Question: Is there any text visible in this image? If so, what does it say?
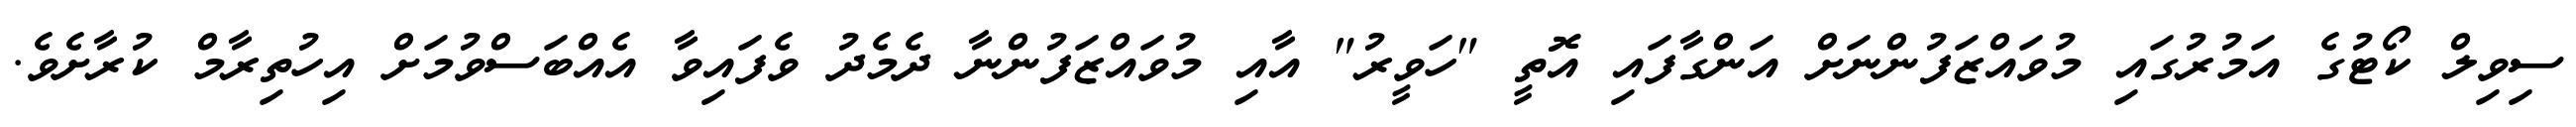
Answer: ސިވިލް ކޯޓުގެ އަމުރުގައި މުވައްޒަފުންނަށް އަންގާފައި އޮތީ "ހަވީރު" އާއި މުވައްޒަފުންނާ ދެމެދު ވެފައިވާ އެއްބަސްވުމަށް އިހުތިރާމް ކުރާށެވެ.